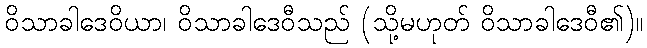
ဝိသာခါဒေဝိယာ၊ ဝိသာခါဒေဝီသည် (သို့မဟုတ် ဝိသာခါဒေဝီ၏)။